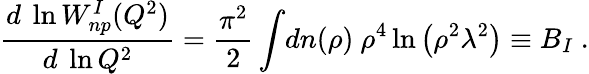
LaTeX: {\frac{d\ \ln W_{np}^{I}(Q^{2})}{d\ \ln Q^{2}}}={\frac{\pi^{2}}{2}}\int\! dn(\rho)\ \rho^{4}\ln{\left(\rho^{2}\lambda^{2}\right)}\equiv B_{I}\ .